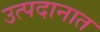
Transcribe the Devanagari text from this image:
उत्पदानात